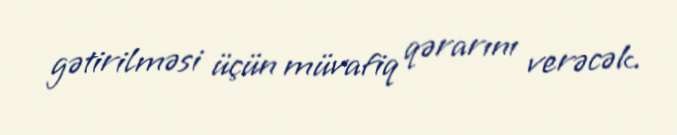
gətirilməsi üçün müvafiq qərarını verəcək.